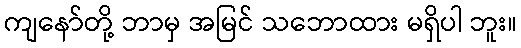
ကျနော်တို့ ဘာမှ အမြင် သဘောထား မရှိပါ ဘူး။